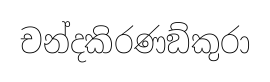
චන්දකිරණඞ්කුරා